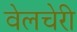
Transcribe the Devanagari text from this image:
वेलचेरी